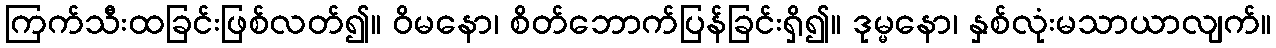
ကြက်သီးထခြင်းဖြစ်လတ်၍။ ဝိမနော၊ စိတ်ဘောက်ပြန်ခြင်းရှိ၍။ ဒုမ္မနော၊ နှစ်လုံးမသာယာလျက်။